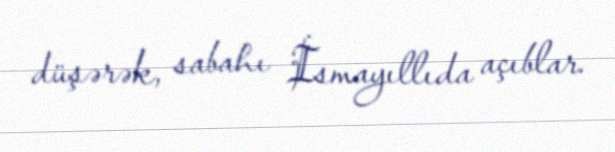
düşərək, sabahı İsmayıllıda açıblar.